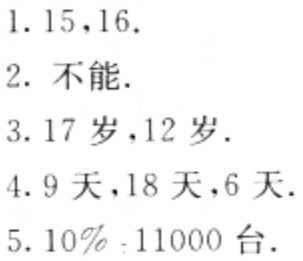
1. \(15,16.\)

2. 不能.

3. \(17\)岁，\(12\)岁.

4. \(9\)天，\(18\)天，\(6\)天.

5. \(10\%\)，\(11000\)台.